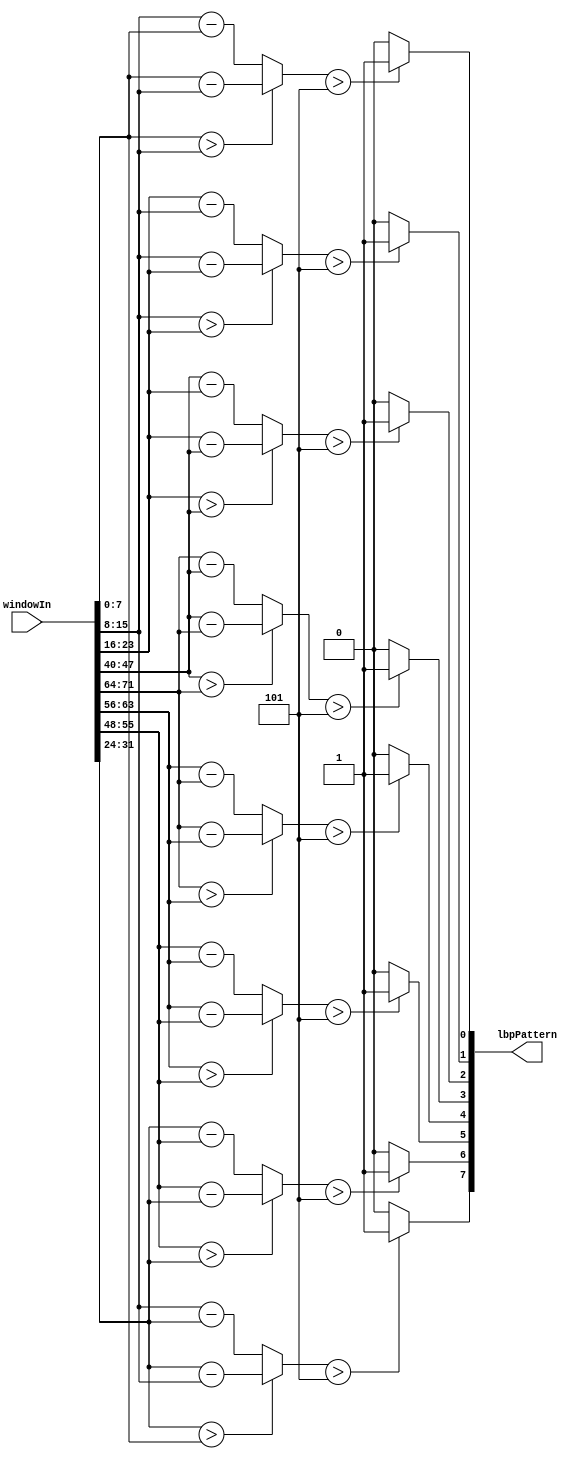
module difference_lbp(windowIn,lbpPattern); // 3x3 Center Threshold Pattern Computation

	parameter inputWidth=8;
		parameter threshold=5;
		
	input[inputWidth*9-1:0] windowIn; 

	wire[inputWidth-1:0] win[0:8];
	wire[7:0] comparisonString[0:7];

	output [7:0] lbpPattern;
	
	generate

	// Make comparisons and compute LBP pattern

	genvar i;
	genvar j;		
			
		for(i=0;i<9;i=i+1)begin: winExtract
			assign win[i] = windowIn[(i*inputWidth)+inputWidth-1:(i*inputWidth)];
		end

	endgenerate

	assign comparisonString[0] = (win[0]>win[1]) ? win[0]-win[1] : win[1]-win[0];
	assign comparisonString[1] = (win[1]>win[2]) ? win[1]-win[2] : win[2]-win[1];
	assign comparisonString[2] = (win[2]>win[5]) ? win[2]-win[5] : win[5]-win[2];
	assign comparisonString[3] = (win[5]>win[8]) ? win[5]-win[8] : win[8]-win[5];
	assign comparisonString[4] = (win[8]>win[7]) ? win[8]-win[7] : win[7]-win[8];
	assign comparisonString[5] = (win[7]>win[6]) ? win[7]-win[6] : win[6]-win[7];
	assign comparisonString[6] = (win[6]>win[3]) ? win[6]-win[3] : win[3]-win[6];
	assign comparisonString[7] = (win[3]>win[0]) ? win[3]-win[1] : win[1]-win[3];

	assign lbpPattern[0] = (comparisonString[0] > threshold) ? 1'b1 : 1'b0;
	assign lbpPattern[1] = (comparisonString[1] > threshold) ? 1'b1 : 1'b0;
	assign lbpPattern[2] = (comparisonString[2] > threshold) ? 1'b1 : 1'b0;
	assign lbpPattern[3] = (comparisonString[3] > threshold) ? 1'b1 : 1'b0;
	assign lbpPattern[4] = (comparisonString[4] > threshold) ? 1'b1 : 1'b0;
	assign lbpPattern[5] = (comparisonString[5] > threshold) ? 1'b1 : 1'b0;
	assign lbpPattern[6] = (comparisonString[6] > threshold) ? 1'b1 : 1'b0;
	assign lbpPattern[7] = (comparisonString[7] > threshold) ? 1'b1 : 1'b0;
	
endmodule